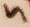
Text: 5